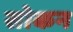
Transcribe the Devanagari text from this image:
सोकन